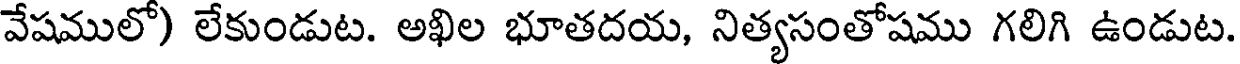
వేషములో) లేకుండుట. అఖిల భూతదయ, నిత్యసంతోషము గలిగి ఉండుట.